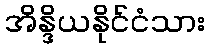
အိန္ဒိယနိုင်ငံသား